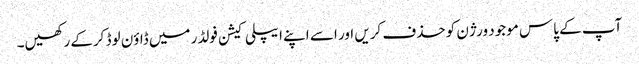
آپ کے پاس موجود ورژن کو حذف کریں اور اسے اپنے ایپلی کیشن فولڈر میں ڈاؤن لوڈ کرکے رکھیں۔